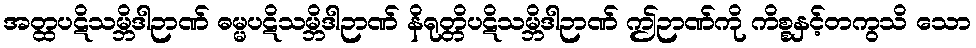
အတ္ထပဋိသမ္ဘိဒါဉာဏ် ဓမ္မပဋိသမ္ဘိဒါဉာဏ် နိရုတ္တိပဋိသမ္ဘိဒါဉာဏ် ဤဉာဏ်ကို ကိစ္စနှင့်တကွသိ သော